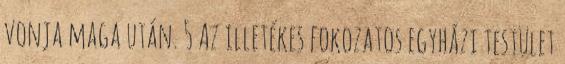
vonja maga után. 5 Az illetékes fokozatos egyházi testület